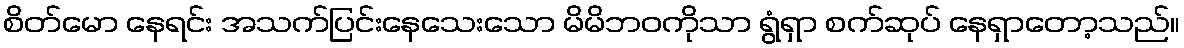
စိတ်မော နေရင်း အသက်ပြင်းနေသေးသော မိမိဘဝကိုသာ ရွံရှာ စက်ဆုပ် နေရှာတော့သည်။